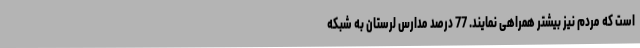
است که مردم نیز بیشتر همراهی نمایند. 77 درصد مدارس لرستان به شبکه